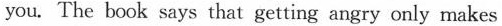
you. The book says that getting angry only makes